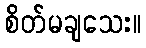
စိတ်မချသေး။